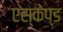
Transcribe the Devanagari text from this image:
एस्केप्ड